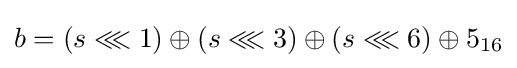
b=(s\lll 1)\oplus (s\lll 3)\oplus (s\lll 6)\oplus 5_{16}